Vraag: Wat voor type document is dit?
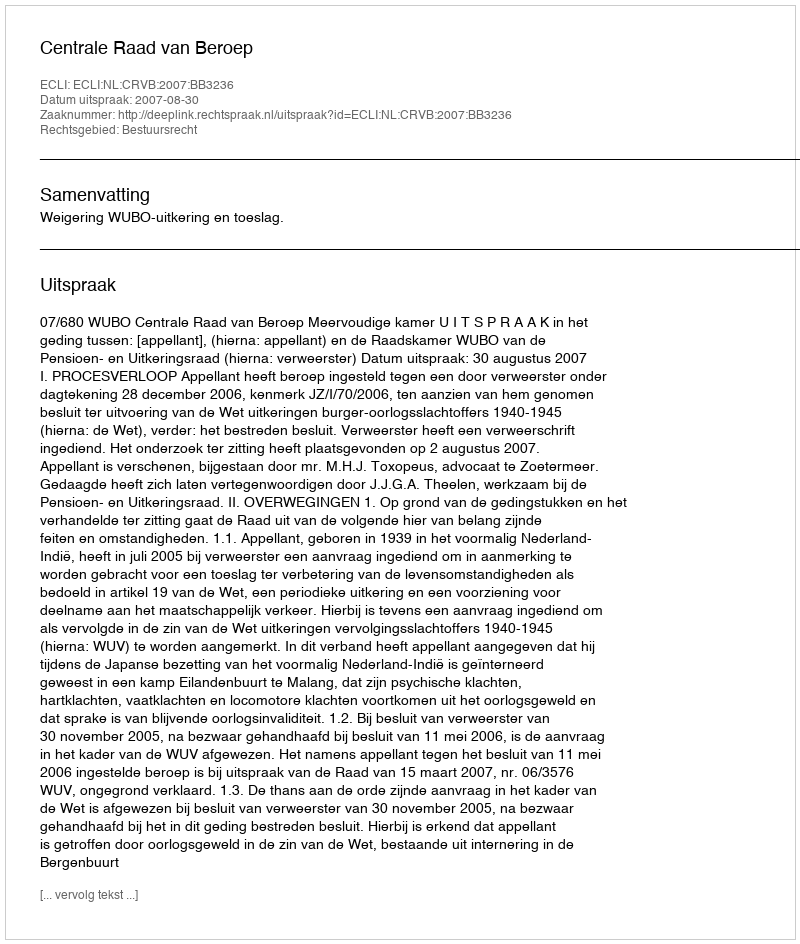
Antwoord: Uitspraak